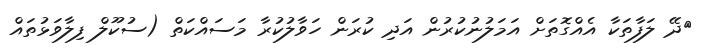
ދޭ ލަފާތަކާ އެއްގޮތަށް އަމަލުނުކުރުން އަދި ކުރަން ހަވާލުކުރާ މަސައްކަތް (ސުކޫލް ފިލާވަޅުތައް